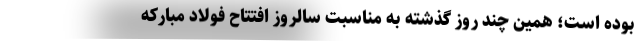
بوده است؛ همین چند روز گذشته به مناسبت سالروز افتتاح فولاد مبارکه